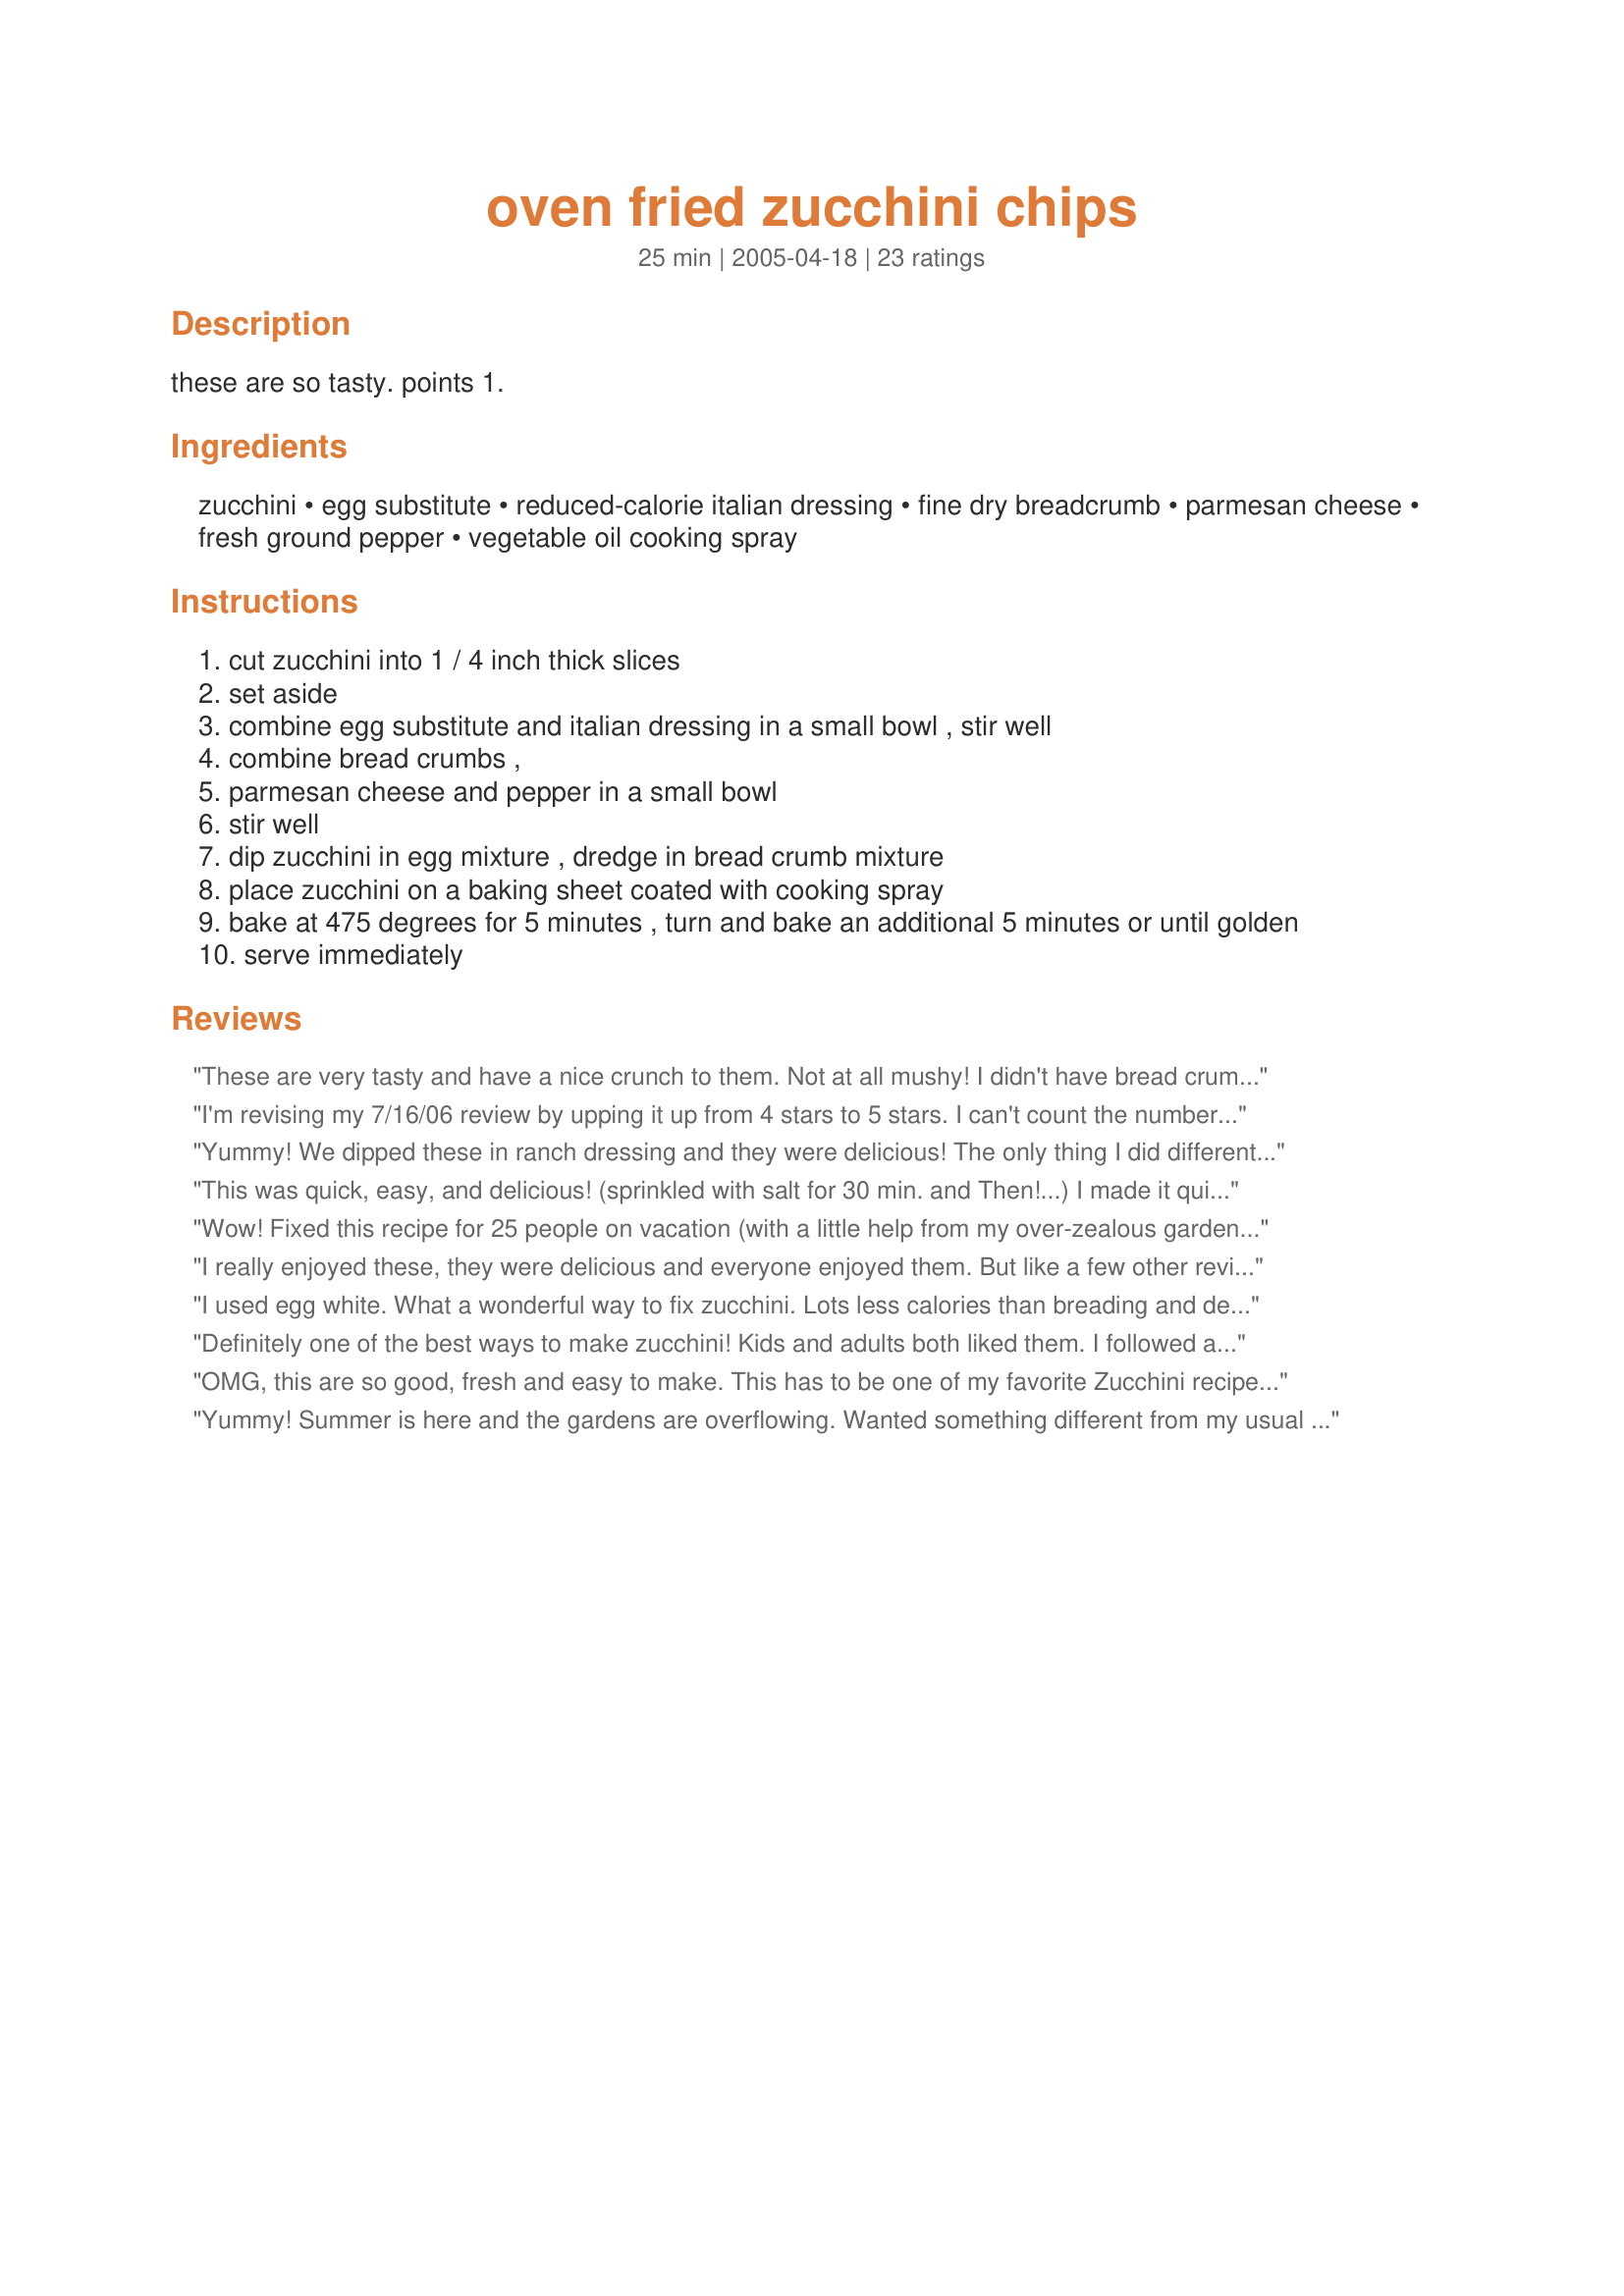
oven fried zucchini chips
Preparation time: 25 minutes

these are so tasty.
points 1.

Ingredients:
zucchini, egg substitute, reduced-calorie italian dressing, fine dry breadcrumb, parmesan cheese, fresh ground pepper, vegetable oil cooking spray

Steps:
cut zucchini into 1 / 4 inch thick slices
set aside
combine egg substitute and italian dressing in a small bowl , stir well
combine bread crumbs ,
parmesan cheese and pepper in a small bowl
stir well
dip zucchini in egg mixture , dredge in bread crumb mixture
place zucchini on a baking sheet coated with cooking spray
bake at 475 degrees for 5 minutes , turn and bake an additional 5 minutes or until golden
serve immediately

Reviews:
These are very tasty and have a nice crunch to them. Not at all mushy! I didn't have bread crumbs so I used bran flakes crumbs.
I'm revising my 7/16/06 review by upping it up from 4 stars to 5 stars. I can't count the number of times I've made this recipe since my original posting. I finally got the cooking temps correct for my oven and it's now our favorite "go to" sidedish for a quick, lowfat and tasty accommpanyment to almost any grilled entree. I've used not only zucchini, but eggplant, broccoli, and cauliflower. I'm going to try onion slices next.

My orignal review: Loved it! Made it several times using the dry Italian dressing in with the breadcrumbs and cheese. I also added garlic salt to give it some additional zing. This is also great on eggplant.
Yummy! We dipped these in ranch dressing and they were delicious! The only thing I did differently was use egg whites instead of the egg substitute. These would work well as an appetizer (with the ranch dressing as dip), or as a side dish. Thanks Dancer!
This was quick, easy, and delicious! (sprinkled with salt for 30 min. and Then!...) I made it quicker using ceasar salad dressing as my batter, then dipped in prepared Italian breadcrumbs. Drizzled exra virgin o.oil on cooking sheet and baked them for 5 min. Topped with extra dressing and Parmesan cheese for another 5 min. for a little melty topping! Great way to use fresh zucchini from the garden. Thanks Dancer!
Wow! Fixed this recipe for 25 people on vacation (with a little help from my over-zealous garden) and loved it!
I really enjoyed these, they were delicious and everyone enjoyed them. But like a few other reviewers, I found that I had to mix up another batch of the crumb mixture because it didn't cover the 3 zucchini I used. (And to save a little time, I just dumped all the remaining sliced zucchini into the bowl, which wasn't a good idea because some of the zucchini slices were not well coated, but that was my error and doesn't reflect in my overall rating.) I used Newman's Family Recipe Italian dressing (our favorite!), which is pretty seasoned to begin with, so I left out the pepper (as I thought the dressing had enough already). Yum!
I used egg white. What a wonderful way to fix zucchini. Lots less calories than breading and deep frying. Thank you.
Definitely one of the best ways to make zucchini! Kids and adults both liked them. I followed as stated but added a few shakes of garlic power and crushed red peppers to the breadcrumb mix. These came out nice and crispy! Will definitely make again!
OMG, this are so good, fresh and easy to make. This has to be one of my favorite Zucchini recipes to date and I&#039;ve tried a LOT with the abundance of our garden this year. This will be one to repeat over and over again. Also a plus is how fast and easy it is to make. Fresh, summery flavor all around. Served with ranch dressing for dipping and made exactly as stated in the recipe and wouldn&#039;t change a thing
Yummy! Summer is here and the gardens are overflowing. Wanted something different from my usual steam or saute without using a lot of points. This was perfect. I used an egg white in lieu of the egg substitute and it worked just fine. Nice crispy coating, good flavor and tender squash. Served mine with a 0-point fresh tomato-basil bruschetta topping. Thanks.
I'd give these more stars if I could. We love them and make them regularly. They take a bit of time to prepare, but well worth the effort!
THanks These Taste mm MM Good!
Love these because I can make me a smaller batch for just me n my husband or a larger crowd and everyone loves them. I have also used panko crumbs instead to get them nice n crispy.
We've fixed these several times. They are great! We love them! Thanks!
These were fantastic!
Okay these are flat out awesome. We used ranch to dip these in as others have and they were great. The only thing I changed was (because I was out of bread crumbs), I crushed up garlic cheese croutons that I had in the pantry. My kids who don't like &quot;healthy food&quot; gobbled them up. This is a keeper!
These were good, but not exactly what I was expecting. I thought they would be crunchier on the outside. Maybe I didn't bake them long enough? I used 1 whole egg instead of the egg substitute. Served them with meatball subs. You might want some sort of dipping sauce if your breadcrumbs aren't seasoned. They are good, Just not shock-me-wow. :)
We really enjoyed this easy, tasty side dish. I did find that I needed to make more of the egg mix and the breadcrumb mix (about twice as much for each) -I used 3 zucchini but perhaps they were larger than "medium." I can't wait until summer when more flavorful zucchini will be available to try this out with. My husband and I enjoyed this, and I will make again. Thanks for sharing.
Excellent way to fix all that garden zucchini. We loved this. Thanks Dancer
I made these last night. I loved the flavour but the coating peeled off most of them when they were served. Next time I will let the zucchini sit longer to get the water out of them after they are sliced. 
 I also made a few slight changes. For the coating I used half bread crumbs, half cormeal. I didn't have any italian dressing so I used "garlic house" dressing. I also added some chopped parsley to the coating mixture for some colour. Lastly after placing the zucchini on the sprayed cookie sheet I sprayed the zucchini themselves with cooking spray to help them get crispy. In the last few minutes of cooking i placed these under the broiler to really crisp them up! Good recipe!
I loved these chips. They are crispy and very tasty. I made the recipe as directed, but I added some red pepper flakes to the Italian dressing, which perked up the dressing. The recipe is easy to prepare. I served a low cal ranch dressing on the side. Wonderful! Thanks, Dancer!!
We love these! I've made them several times and they always turn out great and they're so easy! I only made a couple of changes. I let the sliced zucchini soak in a mixture of one egg, a splash of mile, salt and pepper for about 20 minutes. Then, instead of using the italian dressing I mix italian seasoning, panko, and parmesan cheese for the breading. I place them on a greased baking sheet after breading and spray the tops with a light dusting of the cooking spray, and flip half way through. Thanks for the wonderful, easy, and healthy side dish!
Healthy,easy to make,tasted and looked great.
